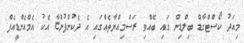
މިއަދު ކޯސްޓްގާޑް ބިލްޑިން ގައި ބޭއްވި ރަސްމިއްޔާތެއްގައި އެ ދެކުންފުންޏާ އެކު އެމްއެންޑީއެފް